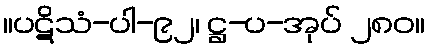
။ပဋိသံ-ပါ-၉၂၊ ဋ္ဌ-ပ-အုပ် ၂၈၀။